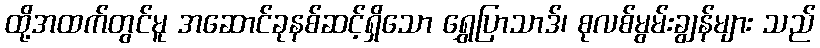
ထို့အထက်တွင်မူ အဆောင်ခုနစ်ဆင့်ရှိသော ရွှေပြာသာဒ်၊ စုလစ်မွမ်းချွန်များ သည်